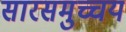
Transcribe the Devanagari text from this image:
सारसमुच्चय